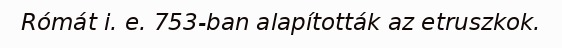
Rómát i. e. 753-ban alapították az etruszkok.